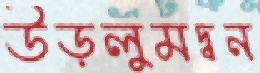
উড়লুমদ্বন